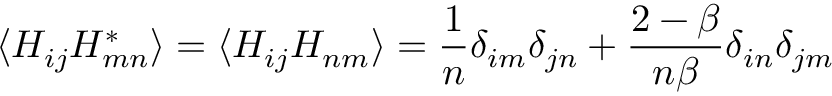
\langle H _ { i j } H _ { m n } ^ { * } \rangle = \langle H _ { i j } H _ { n m } \rangle = { \frac { 1 } { n } } \delta _ { i m } \delta _ { j n } + { \frac { 2 - \beta } { n \beta } } \delta _ { i n } \delta _ { j m }